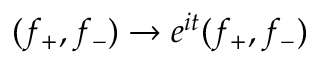
( f _ { + } , f _ { - } ) \to e ^ { i t } ( f _ { + } , f _ { - } )